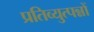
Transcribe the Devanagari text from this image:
प्रतिव्युत्पन्नों